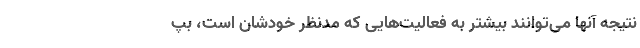
نتیجه آنها می‌توانند بیشتر به فعالیت‌هایی که مدنظر خودشان است، بپ